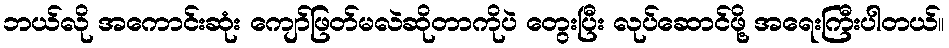
ဘယ်လို အကောင်းဆုံး ကျော်ဖြတ်မလဲဆိုတာကိုပဲ တွေးပြီး လုပ်ဆောင်ဖို့ အရေးကြီးပါတယ်။